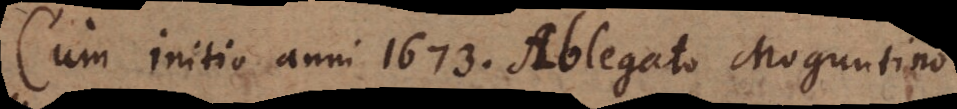
Cum initio anni 1673. Ablegato Moguntino